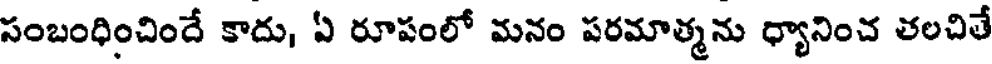
సంబంధించిందే కాదు, ఏ రూపంలో మనం పరమాత్మను ధ్యానించ తలచితే